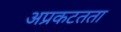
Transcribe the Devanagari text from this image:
अप्रकटतता